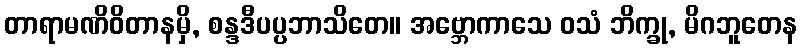
တာရာမဏိဝိတာနမှိ, စန္ဒဒီပပ္ပဘာသိတေ။ အဗ္ဘောကာသေ ဝသံ ဘိက္ခု, မိဂဘူတေန